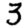
Digit: 3